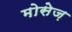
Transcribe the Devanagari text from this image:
मोसेज़